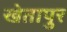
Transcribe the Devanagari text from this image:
खेतापुर